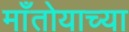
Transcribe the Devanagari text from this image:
माँतोयाच्या